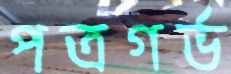
পত্রগর্ভ